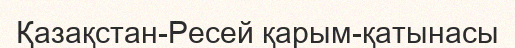
Қазақстан-Ресей қарым-қатынасы